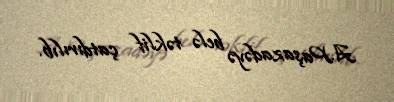
A.Paşazadəyə belə təklif çatdırılıb.